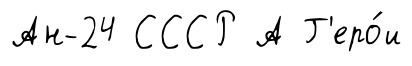
Ан-24 СССР А Г'еро́и